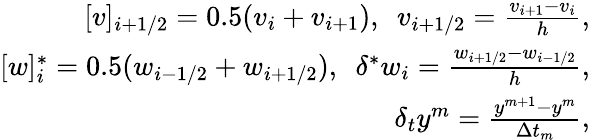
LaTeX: \begin{array}{r}{[v]_{i+1/2}=0.5(v_{i}+v_{i+1}),\ \ v_{i+1/2}=\frac{v_{i+1}-v_{i}}{h},}\\ {[w]_{i}^{*}=0.5(w_{i-1/2}+w_{i+1/2}),\ \ \delta^{*}w_{i}=\frac{w_{i+1/2}-w_{i-1/2}}{h},}\\ {\delta_{t}y^{m}=\frac{y^{m+1}-y^{m}}{\Delta t_{m}},}\end{array}